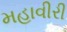
મહાવીરી